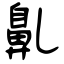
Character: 𪖐